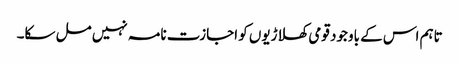
تاہم اس کے باوجود قومی کھلاڑیوں کو اجازت نامہ نہیں مل سکا۔